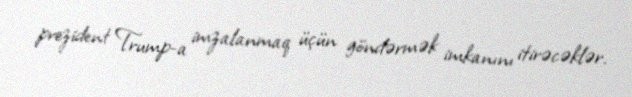
prezident Trump-a imzalanmaq üçün göndərmək imkanını itirəcəklər.